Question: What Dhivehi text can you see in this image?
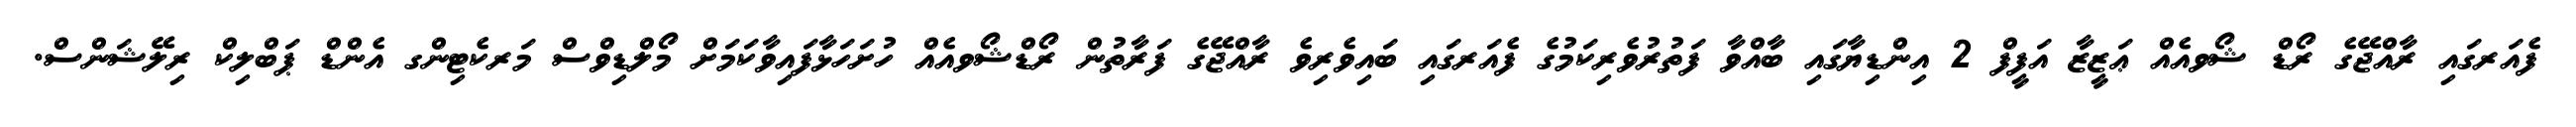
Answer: ފެއަރގައި ރާއްޖޭގެ ރޯޑް ޝޯވއެއް ޢަޒީޒާ އަފީފް 2 އިންޑިޔާގައި ބާއްވާ ފަތުރުވެރިކަމުގެ ފެއަރގައި ބައިވެރިވެ ރާއްޖޭގެ ފަރާތުން ރޯޑްޝޯވއެއް ހުށަހަޅާފައިވާކަމަށް މޯލްޑިވްސް މަރކެޓިންގ އެންޑް ޕަބްލިކް ރިލޭޝަންސް.